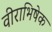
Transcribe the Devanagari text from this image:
वीराभिषेक